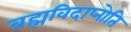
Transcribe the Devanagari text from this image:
ब्रह्मविदाप्नोति